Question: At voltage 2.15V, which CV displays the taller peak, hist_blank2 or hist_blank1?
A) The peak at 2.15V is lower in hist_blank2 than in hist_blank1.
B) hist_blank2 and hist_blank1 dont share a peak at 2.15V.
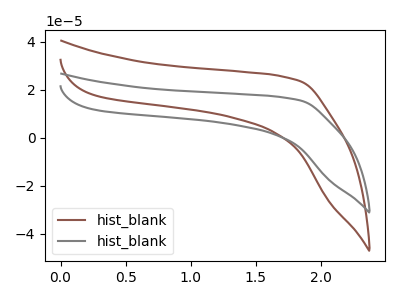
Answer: <think>The brown curve "hist_blank1" has no peaks. The gray curve "hist_blank2" has no peaks.</think>
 <answer>B) "hist_blank2" and "hist_blank1" dont share a peak at 2.15V.</answer>
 <eval>B</eval>